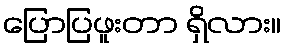
ပြောပြဖူးတာ ရှိလား။